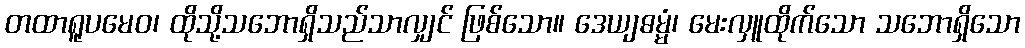
တထာရူပမေဝ၊ ထိုသို့သဘောရှိသည်သာလျှင် ဖြစ်သော။ ဒေယျဓမ္မံ၊ မေးလှူထိုက်သော သဘောရှိသော